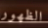
الظهور